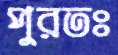
পুরতঃ